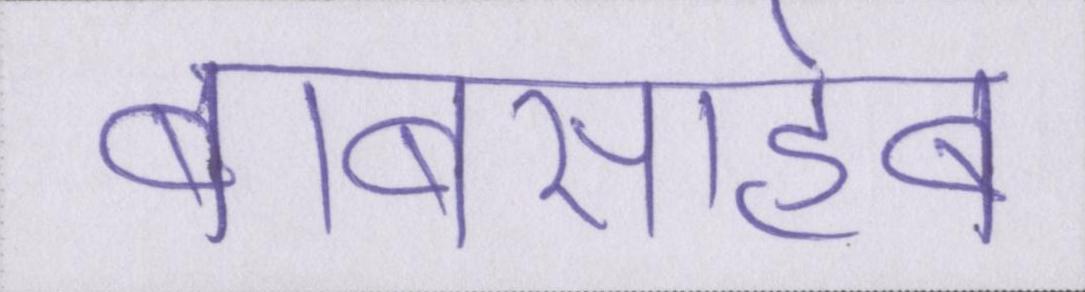
बाबासाहेब